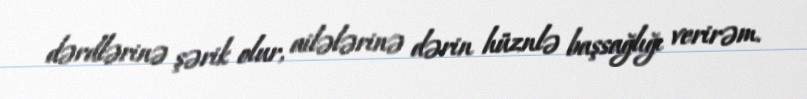
dərdlərinə şərik olur, ailələrinə dərin hüznlə başsağlığı verirəm.